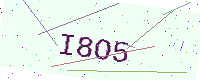
Text: I8O5